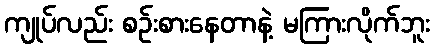
ကျုပ်လည်း စဉ်းစားနေတာနဲ့ မကြားလိုက်ဘူး